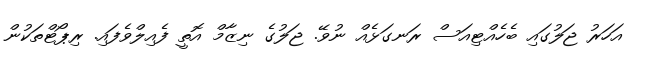
އަހަރު ޖަލުގައި ބެހެއްޓިއަސް ރަނގަޅެއް ނުވޭ. ޖަލުގެ ނިޒާމް އޮތީ ފެއިލްވެފައި. ރިޕޯޓްތަކުން